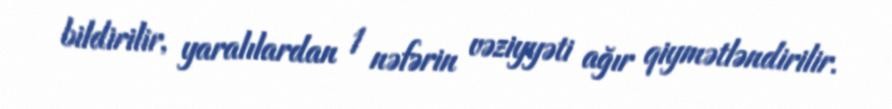
bildirilir, yaralılardan 1 nəfərin vəziyyəti ağır qiymətləndirilir.